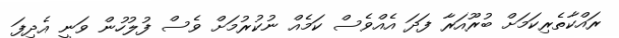
ރައްކާތެރިކަމަށް ބުރޫއަރާ ފަދަ އެއްވެސް ކަމެއް ނުކުރުމަށް ވެސް ފުލުހުން ވަނީ އެދިފަ